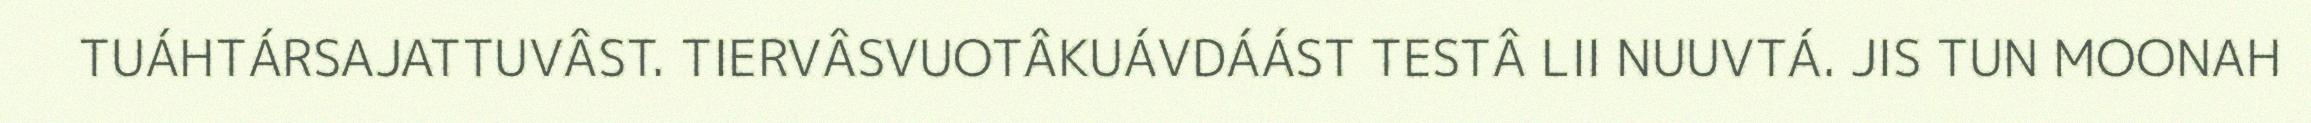
TUÁHTÁRSAJATTUVÂST. TIERVÂSVUOTÂKUÁVDÁÁST TESTÂ LII NUUVTÁ. JIS TUN MOONAH